Medical and sanitary report on the native army of Bombay for the year
Year: 1878
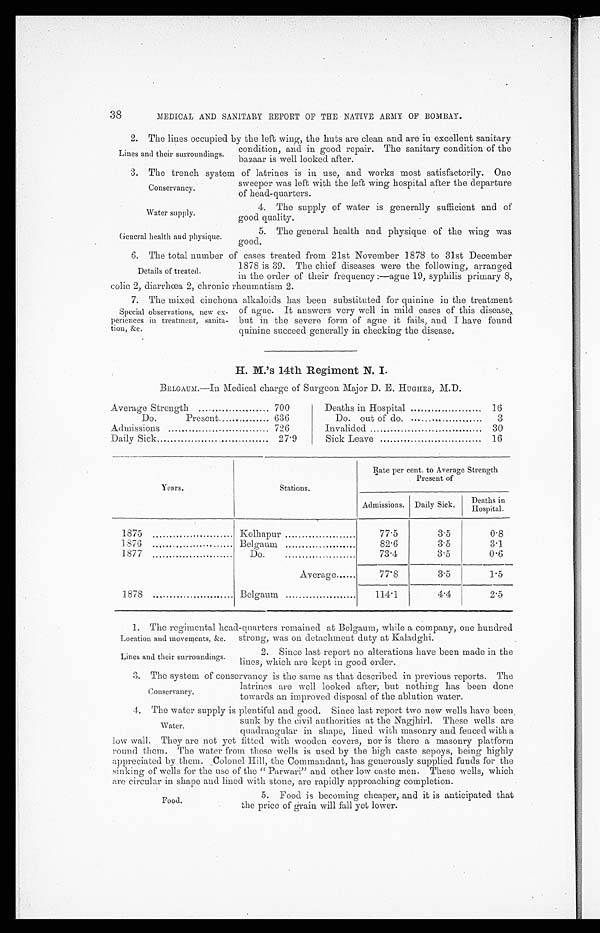
Conservancy.
Water supply.
General health and physique.
38
MEDICAL AND SANITARY REPORT OF THE NATIVE ARMY OF BOMBAY.
2. The lines occupied by the left wing, the huts are clean and are in excellent sanitary
Lines and their surroundings.
condition, and in good repair.The sanitary condition of the
bazaar is well looked after.
3. The trench s y stem of latrines is in use, and works most satisfactorily. One
sweeper was left with the left wing hospital after the departure
of head-quarters.
4. The supply of water is generally sufficient and of
good quality.
5. The general health and physique of the wing was
good.
The total number
of cases treated from
21st November 1878 to 31st december
Details of treated.
1878 is 39. The chief diseases were the following, arranged
in the order of their frequency :—ague 19, syphilis primary 8,
colic 2, diarrhoea 2, chronic rheumatism 2.
7. The mixed cinchona alkaloids has been substituted for quinine in the treatment
Special observations, new ex-
periences in treatment, sanita-
tion. &c.
of ague. It answers very well in mild cases of this disease,.
but in the severe form of ague it fails, and I have found
quinine succeed generally in checking the disease.
H. M.’s 14th Regiment N. I.
BELGAUM.—In Medical charge of Surgeon Major D. E. HUGHES, M.D.
Average Strength
700
Deaths in Hospital
16
Do.
Present....
636
Do out of do. ..
3
Admissions
726
Invalided
30
Daily Sick
27.9
Sick Leave
16
Years.
Stations.
Rate per cent. to Average Strength
Present of
Admissions. Daily Sick.
Deaths in
Hospital.
1875
Kolhapur
77.5
3.5
0.8
1876
Belgaum
82.6
3.5
3.1
1877
Do.
73.4
3.5
0.6
Average,.....
77.8
3.5
1.5
1878
Belgaum
114.1
4.4
2.5
1. The regimental head-quarters remained at Belgaum, while a company, one hundred
Location and movements,&c. strong, was on detachment duty at Kaladghi.
Lines and their surroundings.
2. Since last report no alterations have been made in the
lines, which are kept in good order.
3. The system of conservancy is the same as that described in previous reports. The
Conservancy.
latrines are well looked after; but nothing has been done
towards an improved disposal of the ablution water.
4. The water supply is plentiful and good. Since last report two new wells have been,
sunk by the civil authorities at the Nagjhirl. These wells are
sunk by the civil authorities at the Nagjhirl. these wells are
quadrangular in shape, lined with masonry platform
low wall. They arc not yet fitted With wooden covers, nor is there a masonry platform.
round them. The water from these wells is used by the high caste sepoys, being highly
appreciated by them. Colonel Hill, the Commandant, has generously supplied funds for the
sinking of wells for the use of the " Parwari" and other low caste men. These wells, which
are circular in shape and lined with stone, are rapidly approaching completion.
Water.
Food.
5. Food is becoming cheaper, and it is anticipated that
the price of grain will fall yet lower.